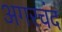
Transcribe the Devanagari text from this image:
अगरचंद